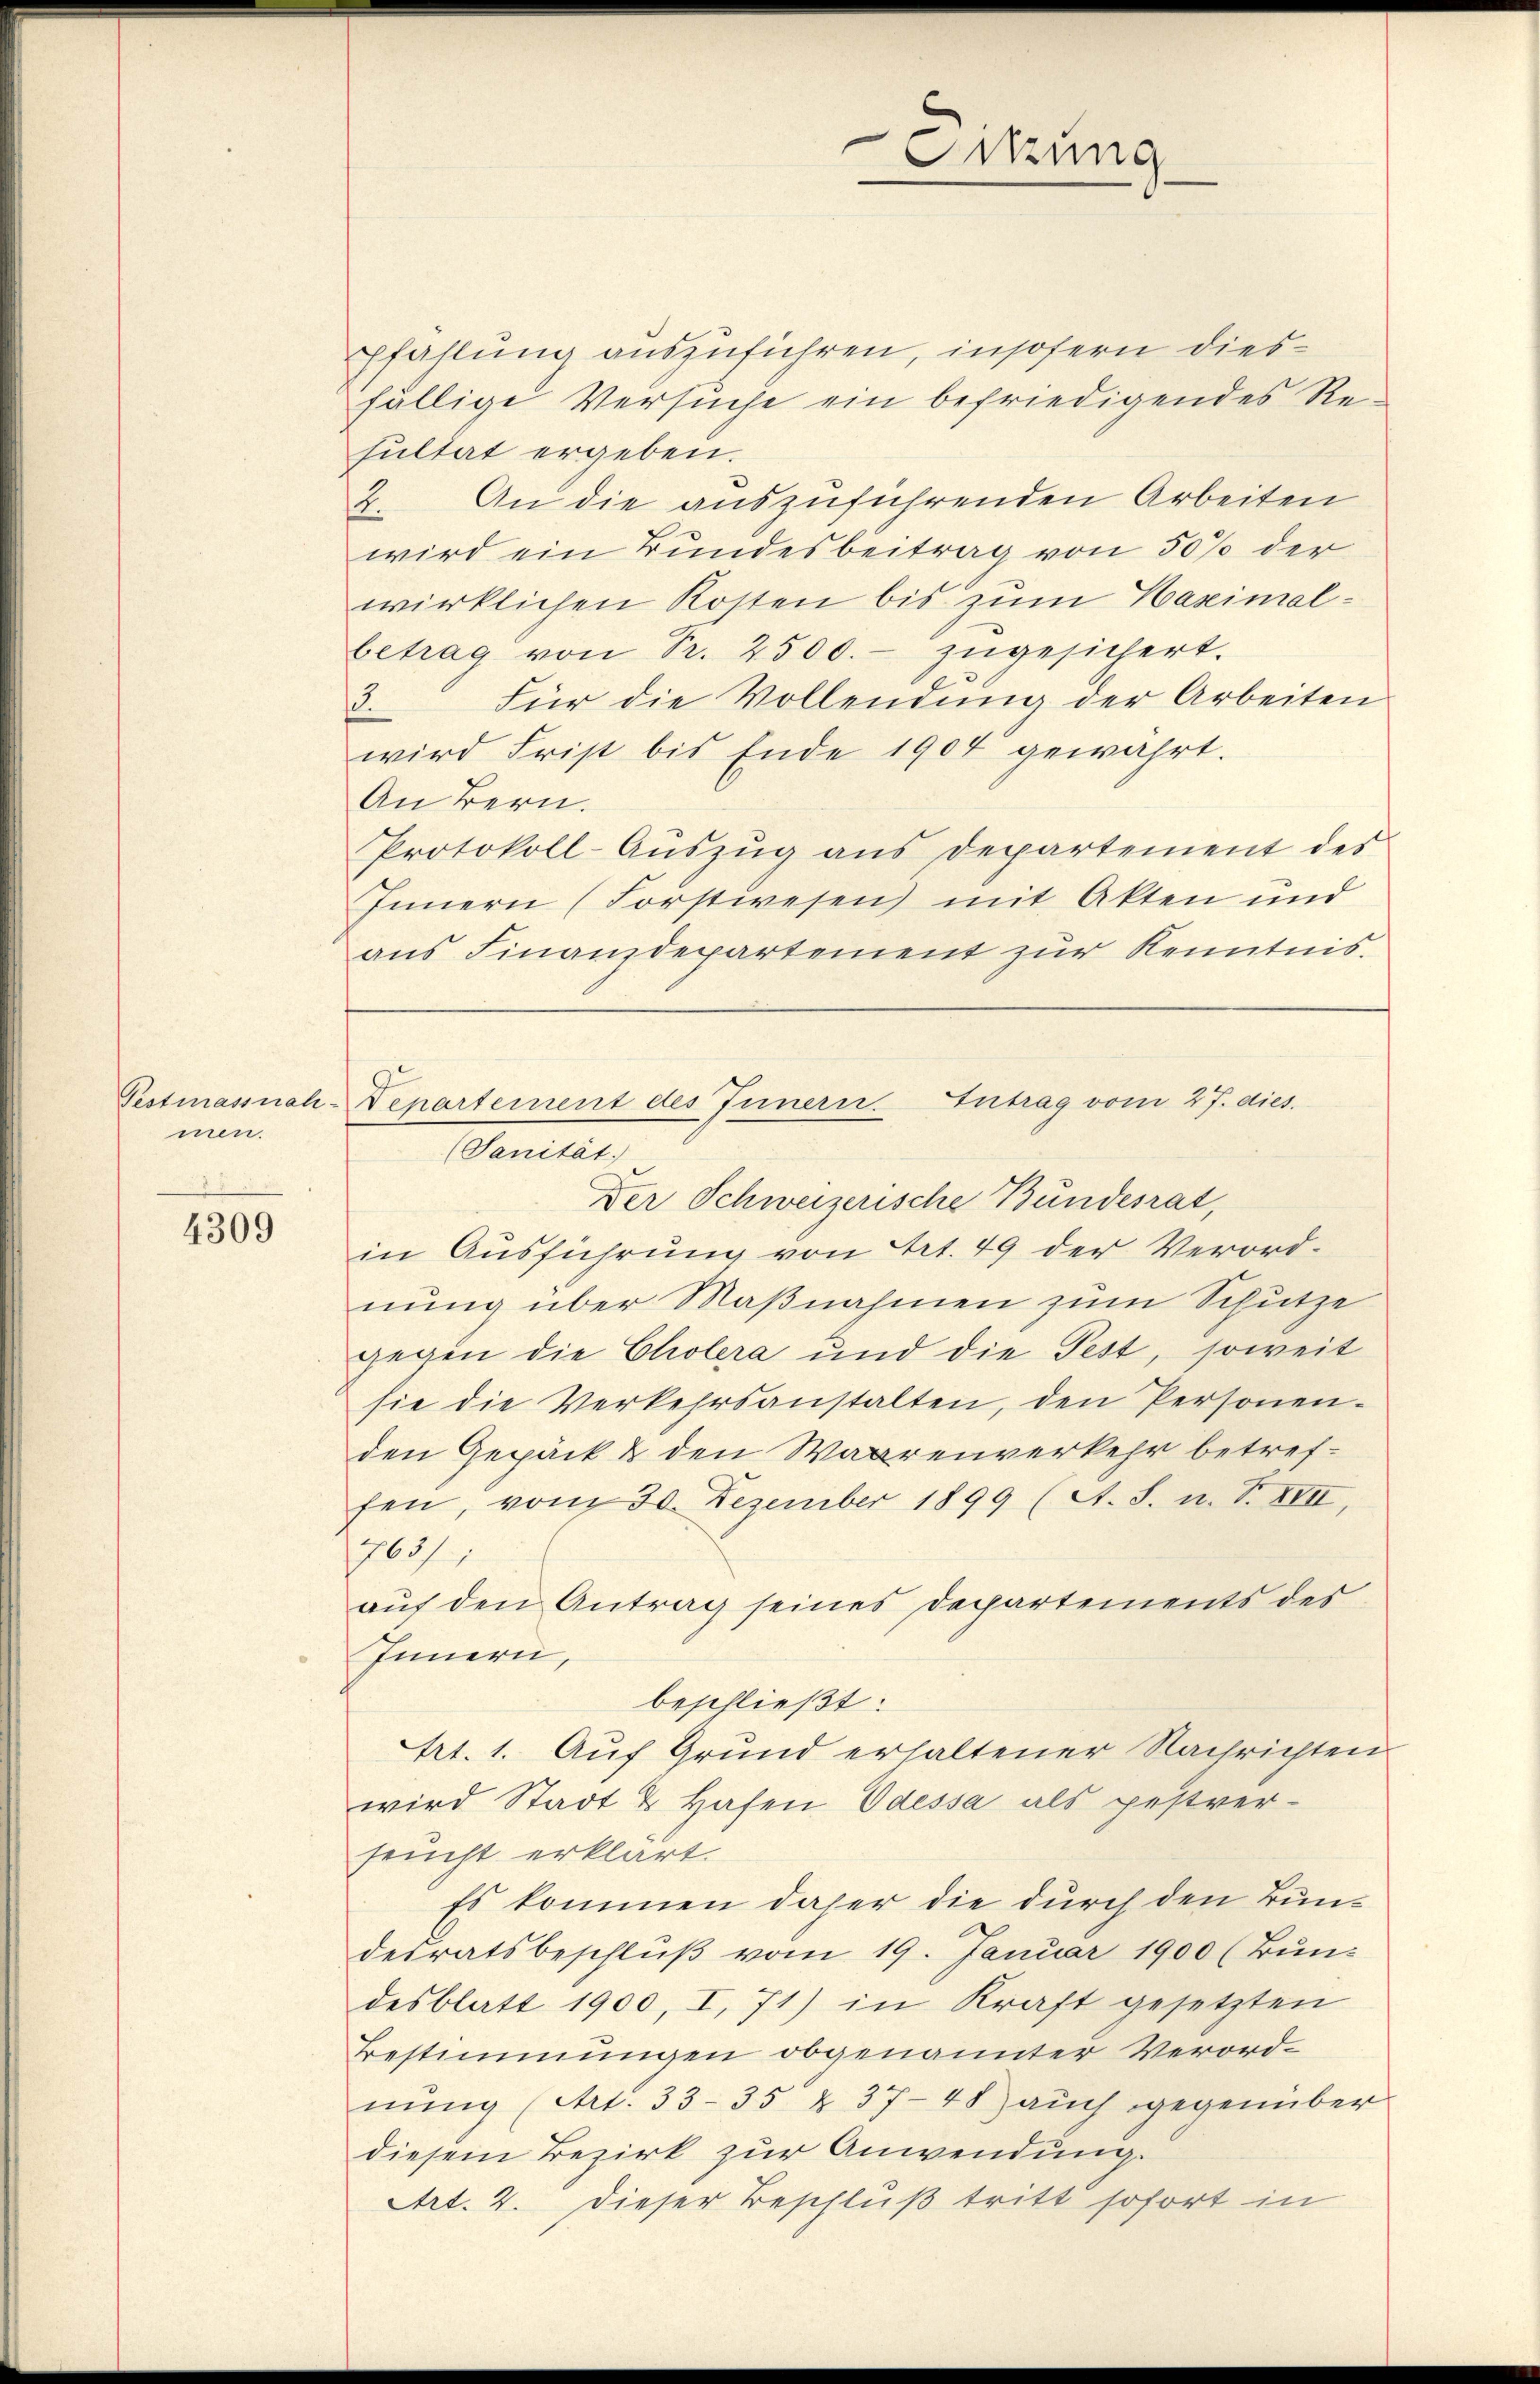
men.

4309

Pestmassnah -Departement des Innern. Intrag vom 27. dies.
(Sanität.
Der Schweizerische Bundesrat,

pfählung auszuführen, insofern diesfällige Versuche ein befriedigendes Resultat ergeben:
2. An die auszuführenden Arbeiten
wird ein Bundesbeitrag von 50 % der
wirklichen Kosten bis zum Haximal-
betrag von Pr. 2500.- zŭgesichert.
Für die Vollendung der Arbeiten
1
wird Frist bis Ende 1904 gewahrt.
An Bern.
Protokoll-Aŭszŭg ans Departement des
Innern (Forstwesen mit Akten und
ans Finanzdepartement zŭr Kenntnis.
in Ausführung von Art. 49 der Verordnung über Maßnahmen zum Schutze
gegen die Cholera und die Fest, soweit
sie die Verkehrsanstalten, den Personen-
den Gepäck & den Waarenverkehr betreffen, vom 30. Dezember 1899 (A. S. u. S. XVII,
763,
auf den Antrag seines Departements der
Innern,
beschließt:
trt. 1. Auf Grund erhaltener Nachrichten
wird Stadt & Hafen Odessa als pestver-
seucht erklärt.
Es kommen daher die durch den Bundesratsbeschlŭβ vom 19. Januar 1900 (Bundesblatt 1900, I, 71) in Kraft gesetzten
Bestimmungen obgenannter Verordnung (Art. 33-35 & 37-48 auch gegenüber
diesem Bezirk zur Anwendung.
Art. 4. dieser Beschluß tritt sofort in

Sitzung